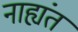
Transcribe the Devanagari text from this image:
नाह्यंतं